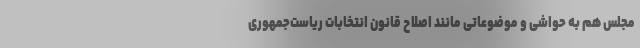
مجلس هم به حواشی و موضوعاتی مانند اصلاح قانون انتخابات ریاست‌جمهوری